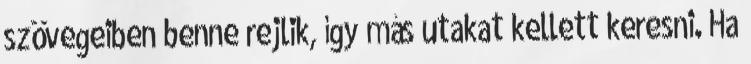
szövegeiben benne rejlik, így más utakat kellett keresni. Ha